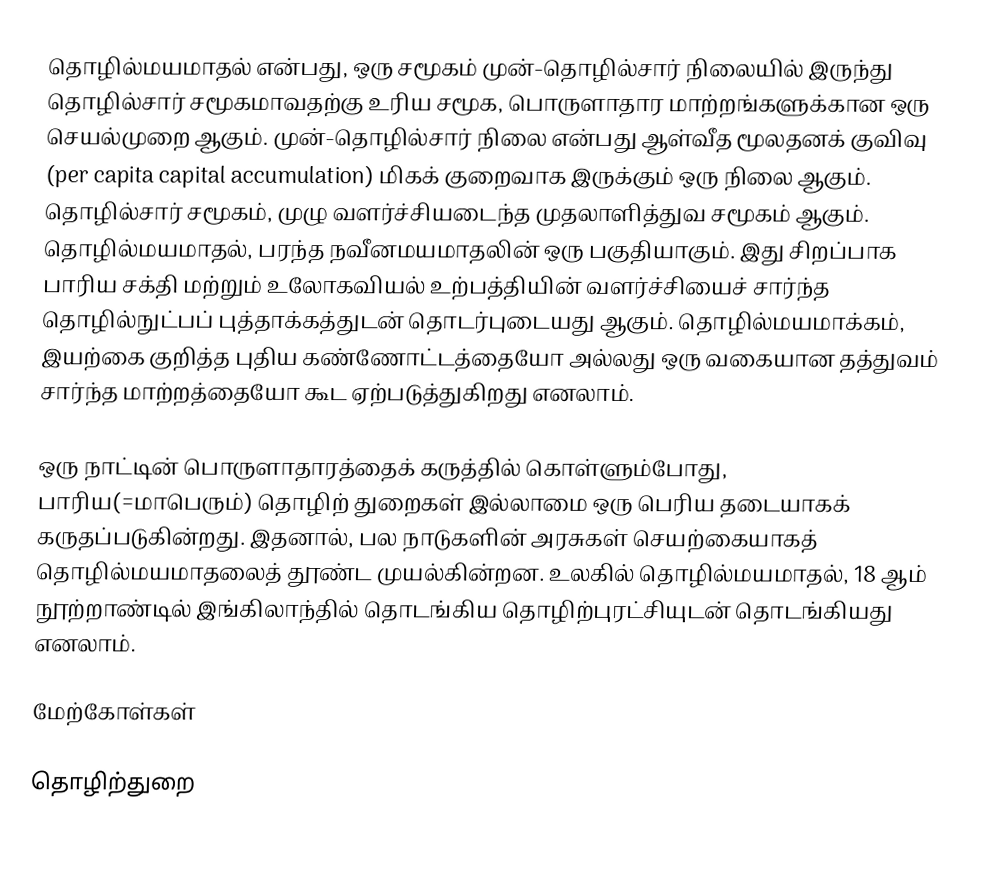
தொழில்மயமாதல் என்பது, ஒரு சமூகம் முன்-தொழில்சார் நிலையில் இருந்து தொழில்சார் சமூகமாவதற்கு உரிய சமூக, பொருளாதார மாற்றங்களுக்கான ஒரு செயல்முறை ஆகும். முன்-தொழில்சார் நிலை என்பது ஆள்வீத மூலதனக் குவிவு (per capita capital accumulation) மிகக் குறைவாக இருக்கும் ஒரு நிலை ஆகும். தொழில்சார் சமூகம், முழு வளர்ச்சியடைந்த முதலாளித்துவ சமூகம் ஆகும். தொழில்மயமாதல், பரந்த நவீனமயமாதலின் ஒரு பகுதியாகும். இது சிறப்பாக பாரிய சக்தி மற்றும் உலோகவியல் உற்பத்தியின் வளர்ச்சியைச் சார்ந்த தொழில்நுட்பப் புத்தாக்கத்துடன் தொடர்புடையது ஆகும். தொழில்மயமாக்கம், இயற்கை குறித்த புதிய கண்ணோட்டத்தையோ அல்லது ஒரு வகையான தத்துவம் சார்ந்த மாற்றத்தையோ கூட ஏற்படுத்துகிறது எனலாம்.

ஒரு நாட்டின் பொருளாதாரத்தைக் கருத்தில் கொள்ளும்போது, பாரிய(=மாபெரும்) தொழிற் துறைகள் இல்லாமை ஒரு பெரிய தடையாகக் கருதப்படுகின்றது. இதனால், பல நாடுகளின் அரசுகள் செயற்கையாகத் தொழில்மயமாதலைத் தூண்ட முயல்கின்றன. உலகில் தொழில்மயமாதல், 18 ஆம் நூற்றாண்டில் இங்கிலாந்தில் தொடங்கிய தொழிற்புரட்சியுடன் தொடங்கியது எனலாம்.

மேற்கோள்கள்

தொழிற்துறை